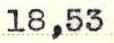
18,53